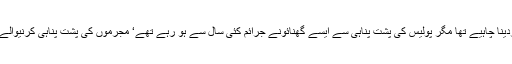
ایسے جرائم کا تو شروع میں سختی سے خاتمہ کردینا چاہیے تھا مگر پولیس کی پشت پناہی سے ایسے گھنائونے جرائم کئی سال سے ہو رہے تھے‘ مجرموں کی پشت پناہی کرنیوالے پولیس حکام سے بھی کوئی رعایت نہ کی جائے۔